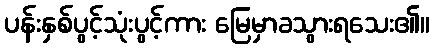
ပန်းနှစ်ပွင့်သုံးပွင့်ကား မြေမှာခသွားရသေး၏။